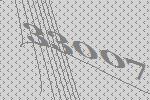
33007